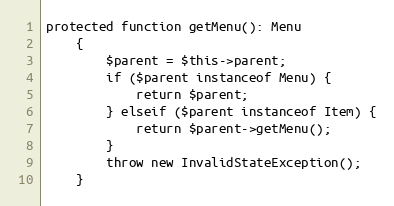
Language: PHP
protected function getMenu(): Menu
	{
		$parent = $this->parent;
		if ($parent instanceof Menu) {
			return $parent;
		} elseif ($parent instanceof Item) {
			return $parent->getMenu();
		}
		throw new InvalidStateException();
	}